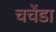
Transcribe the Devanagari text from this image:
चचेंडा